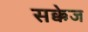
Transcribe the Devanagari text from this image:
सक्केज